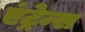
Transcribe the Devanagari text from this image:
एंट्रेन्स